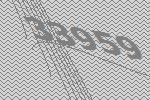
33959